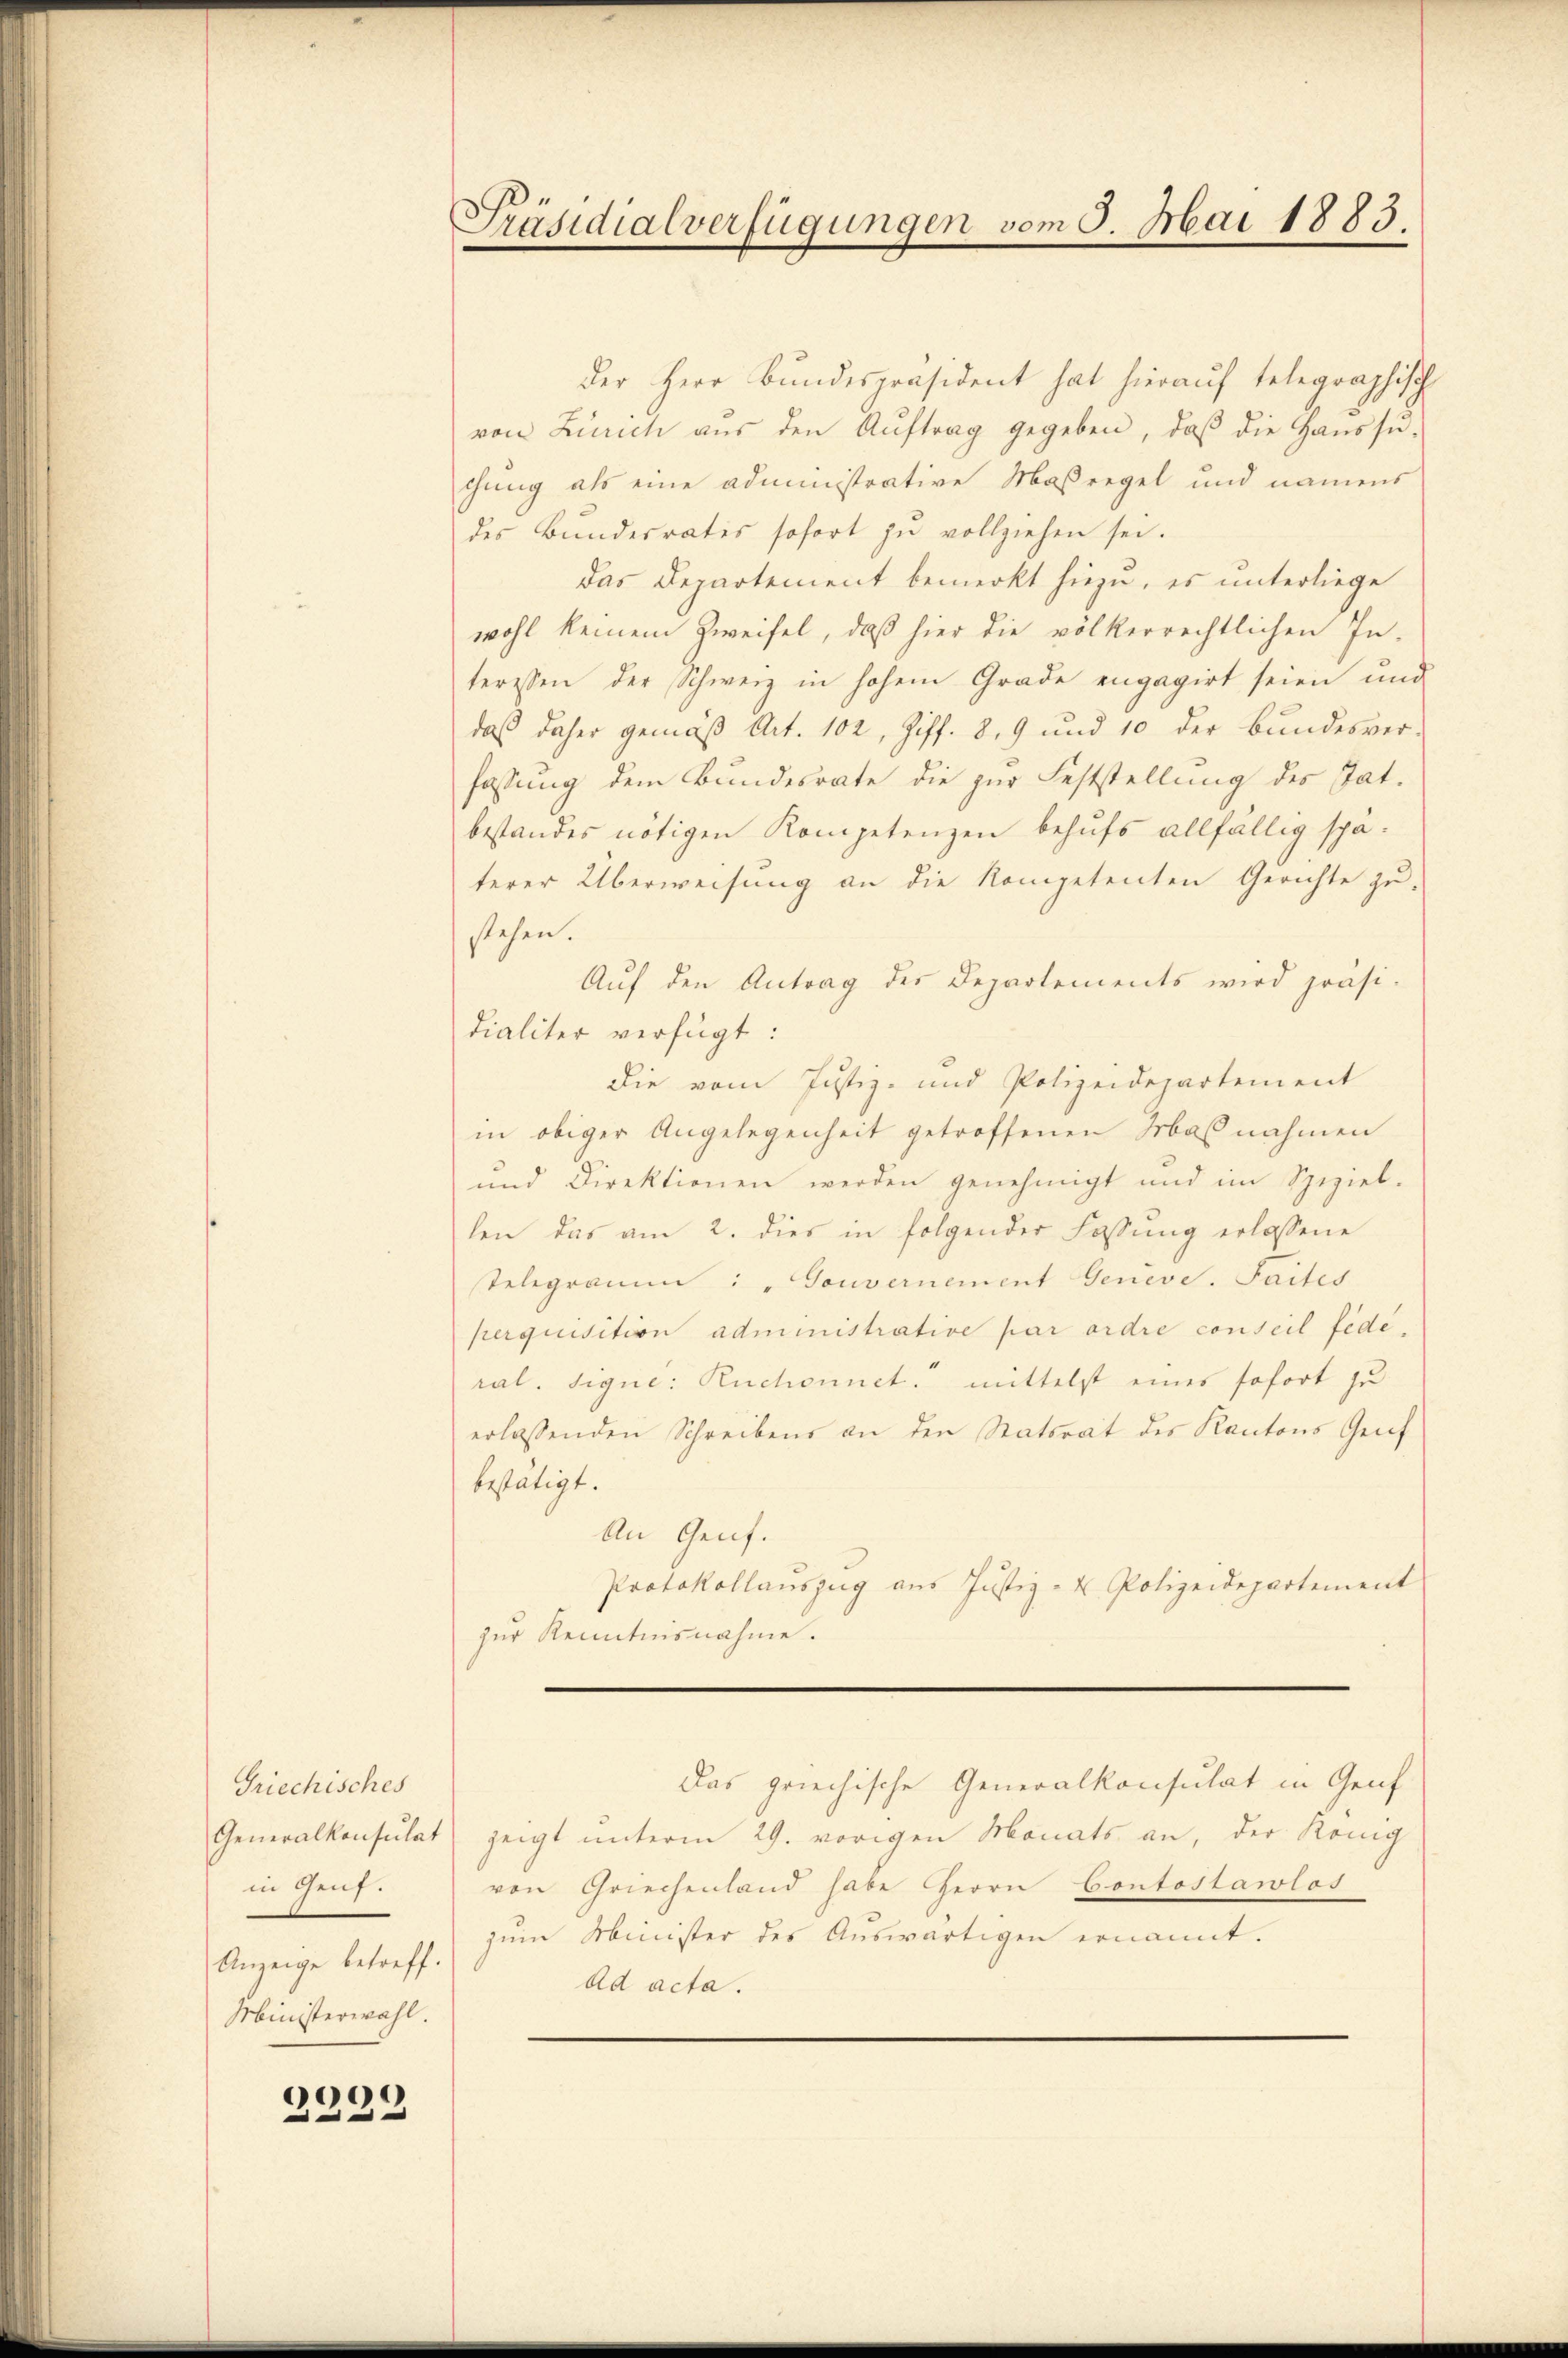
Griechisches
Generalkonsulat
in Genf.
Anzeige betreff.
Ministerwahl.

2999

Präsidialverfügungen vom 5. Mai 1883.

der Herr Bundespräsident hat hierauf telegraphisch
von Zürich aus den Auftrag gegeben, daß die Haussu-
chung als eine administrative Maßregel und namens
des Bundesrates sofort zŭ vollziehen sei.
das Departement bemerkt hiezu, es unterliege
wohl keinem Zweifel, daß hier die volkerrechtlichen In-
teressen der Schweiz in hohem Grade engagirt seien und
daß daher gemäß Art. 102, Ziff. 8, 9 und 10 der Bundesver-
fassung dem Bundesrate die zur Feststellung des Tat.
bestandes nötigen Kompetenzen behufs allfällig späterer Überweisung an die kompetenten Gerichte zu-
stehen.
Aŭf den Antrag der Departements wird präsi-
dialiter verfügt:
die vom Justiz- und Polizeidepartement
in obiger Angelegenheit getroffenen Maßnahmen
und Direktionen werden genehmigt und im Speziel-
len das am 2. dies in folgender Fassŭng erlassene
Telegramm: " Gouvernement Genevd. Saites
perquisition administrative par ordre conseil féderal. Signe: Ruchounet. mittelst eines sofort zu
erlassenden Schreibens an den Statsrat des Kantons Genf
bestätigt.
An Genf.
Protokollauszug aus Justiz- u. Polizeidepartement
zur Kenntnisnahme.

zeigt unterm 29. vorigen Monats an, der König
von Griechenland habe Herrn Contostawlos
zum Minister des Auswärtigen ernannt.
ad acta.

Das griechische Generalkonsulat in Genf